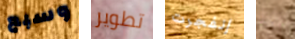
وسبع تطوير إنفجرت كل